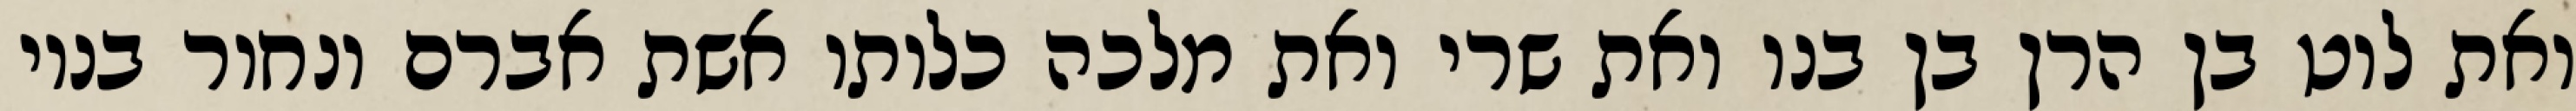
ואת לוט בן הרן בן בנו ואת שרי ואת מלכה כלותו אשת אברם ונחור בניו